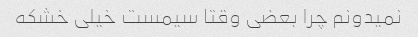
نمیدونم چرا بعضی وقتا سیمست خیلی خشکه